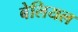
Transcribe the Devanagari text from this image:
बेलियल